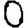
Digit: 0